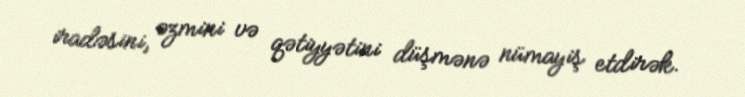
iradəsini, əzmini və qətiyyətini düşmənə nümayiş etdirək.